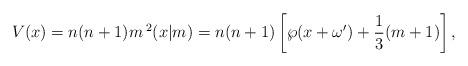
LaTeX: \begin{align*}V(x) =n(n+1) m\, ^2(x|m)=n(n+1)\left[\wp(x+\omega')+\frac{1}{3}(m+1)\right],\end{align*}